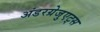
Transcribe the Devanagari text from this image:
अंडरग्रेजुएट्स